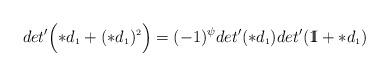
LaTeX: \begin{align*}det'\Bigl(\ast d_{\scriptscriptstyle 1} + (\ast d_{\scriptscriptstyle 1})^{\scriptscriptstyle 2}\Bigr)=(-1)^{\psi}det'(\ast d_{\scriptscriptstyle 1})det'(\mathrm{1\mkern-5muI}+\ast d_{\scriptscriptstyle 1})\end{align*}